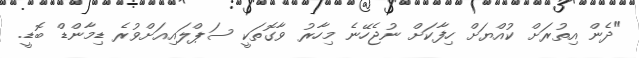
"ދެން އިތުރަށް ކުއްޔަށް ހިފާކަށް ނުޖެހޭނެ މިހާރު ވާގޮތަކީ ސަޕްލައިއަށްވުރެ ޑިމާންޑް ބޮޑީ.